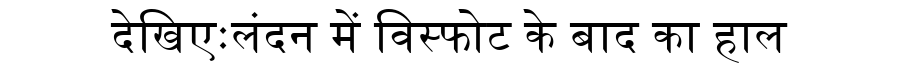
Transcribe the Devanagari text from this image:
देखिएःलंदन में विस्फोट के बाद का हाल